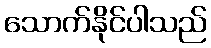
သောက်နိုင်ပါသည်